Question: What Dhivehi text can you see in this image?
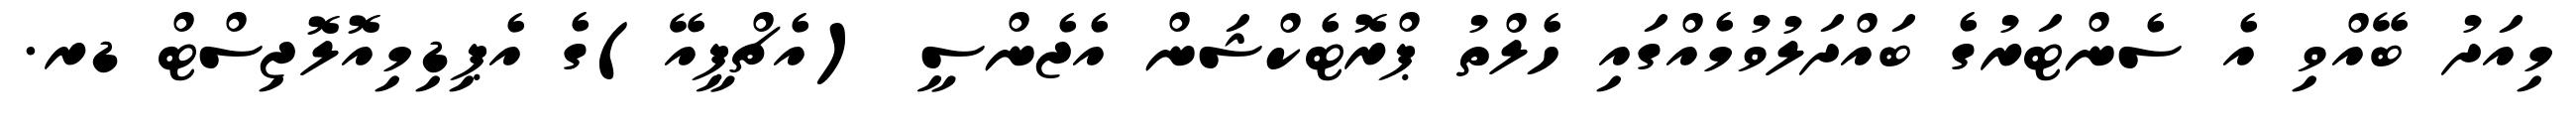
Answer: މިއަދު ބޭއްވި އެ ސެންޓަރުގެ ބައްދަލުވުމެއްގައި ހެލްތު ޕްރޮޓެކްޝަން އެޖެންސީ (އެޗްޕީއޭ)ގެ އެޕިޑިމިއޮލޮޖިސްޓް ޑރ.